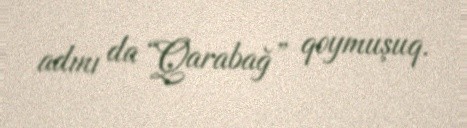
adını da “Qarabağ” qoymuşuq.